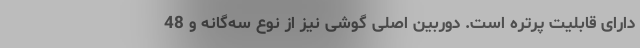
دارای قابلیت پرتره است. دوربین اصلی گوشی نیز از نوع سه‌گانه و 48